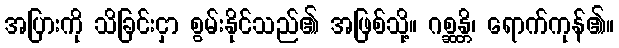
အပြားကို သိခြင်းငှာ စွမ်းနိုင်သည်၏ အဖြစ်သို့။ ဂစ္ဆန္တိ၊ ရောက်ကုန်၏။